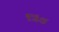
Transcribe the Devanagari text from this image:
जिंक्ष